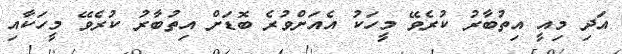
އަދި މިއީ އިތުބާރު ކުރެވޭ މީހަކު އެއަށްވުރެ ބޮޑަށް އިތުބާރު ކުރެވޭ މީހަކާއި